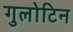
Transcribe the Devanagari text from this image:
गुलोटिन